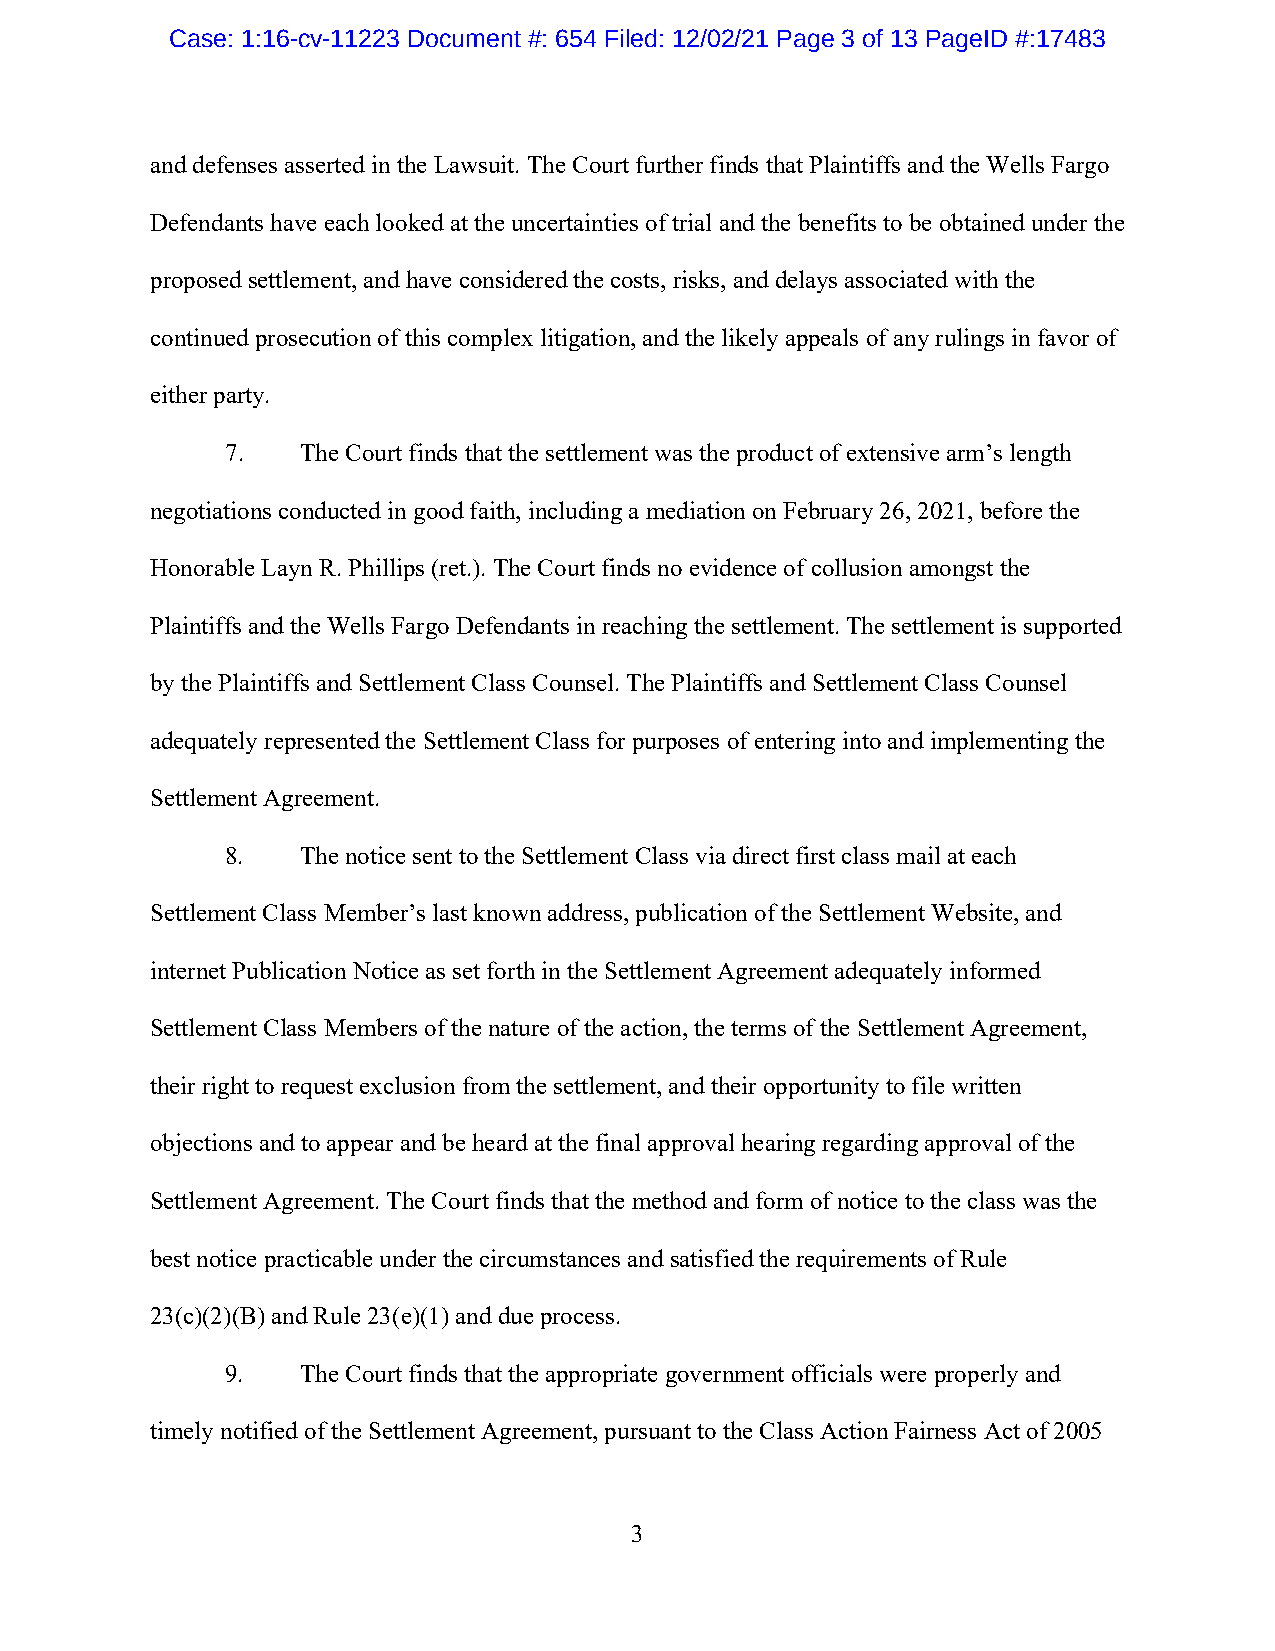
Case: 1:16-cv-11223 Document #: 654 Filed: 12/02/21 Page 3 of 13 PageID #:17483
 and defenses asserted in the Lawsuit. The Court further finds that Plaintiffs and the Wells Fargo
 Defendants have each looked at the uncertainties of trial and the benefits to be obtained under the
 proposed settlement, and have considered the costs, risks, and delays associated with the
 continued prosecution of this complex litigation, and the likely appeals of any rulings in favor of
 either party.
 7.   The Court finds that the settlement was the product of extensive arm’s length
 negotiations conducted in good faith, including a mediation on February 26, 2021, before the
 Honorable Layn R. Phillips (ret.). The Court finds no evidence of collusion amongst the
 Plaintiffs and the Wells Fargo Defendants in reaching the settlement. The settlement is supported
 by the Plaintiffs and Settlement Class Counsel. The Plaintiffs and Settlement Class Counsel
 adequately represented the Settlement Class for purposes of entering into and implementing the
 Settlement Agreement.
 8.   The notice sent to the Settlement Class via direct first class mail at each
 Settlement Class Member’s last known address, publication of the Settlement Website, and
 internet Publication Notice as set forth in the Settlement Agreement adequately informed
 Settlement Class Members of the nature of the action, the terms of the Settlement Agreement,
 their right to request exclusion from the settlement, and their opportunity to file written
 objections and to appear and be heard at the final approval hearing regarding approval of the
 Settlement Agreement. The Court finds that the method and form of notice to the class was the
 best notice practicable under the circumstances and satisfied the requirements of Rule
 23(c)(2)(B) and Rule 23(e)(1) and due process.
 9.   The Court finds that the appropriate government officials were properly and
 timely notified of the Settlement Agreement, pursuant to the Class Action Fairness Act of 2005
 3